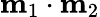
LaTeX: \mathbf{m}_{1}\cdot\mathbf{m}_{2}